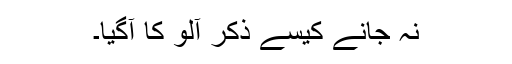
نہ جانے کیسے ذکر آلو کا آگیا۔